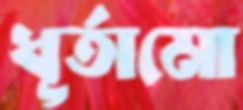
ধূর্তামো